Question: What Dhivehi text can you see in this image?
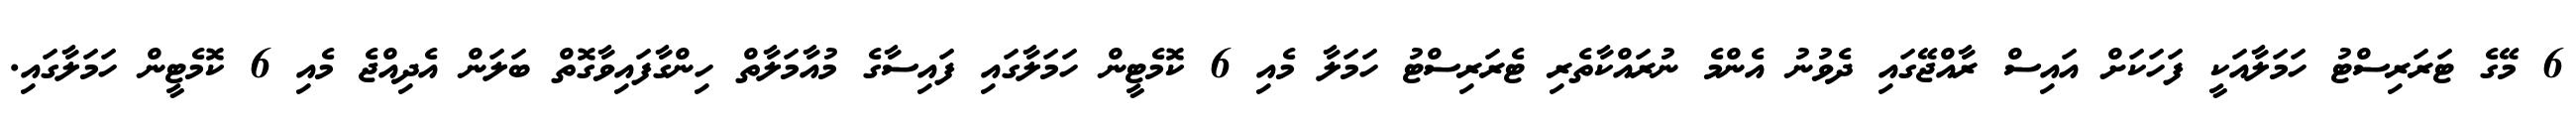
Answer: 6 މޭގެ ޓަރަރިސްޓު ހަމަލާއަކީ ފަހަކަށް އައިސް ރާއްޖޭގައި ދެވުނު އެންމެ ނުރައްކާތެރި ޓެރަރިސްޓު ހަމަލާ މެއި 6 ކޮމެޓީން ހަމަލާގައި ފައިސާގެ މުއާމަލާތް ހިންގާފައިވާގޮތް ބަލަން އެދިއްޖެ މެއި 6 ކޮމެޓީން ހަމަލާގައި.